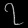
Digit: ၇